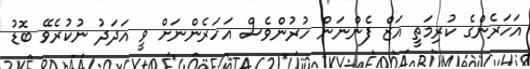
އަހަރެންގެ ކުރިމަތީ އަޒް ފެންނަން ހުރުންވެސް އަހަރެންނަށް ވީ އަދަދު ނުކުރެވޭ ބޮޑު